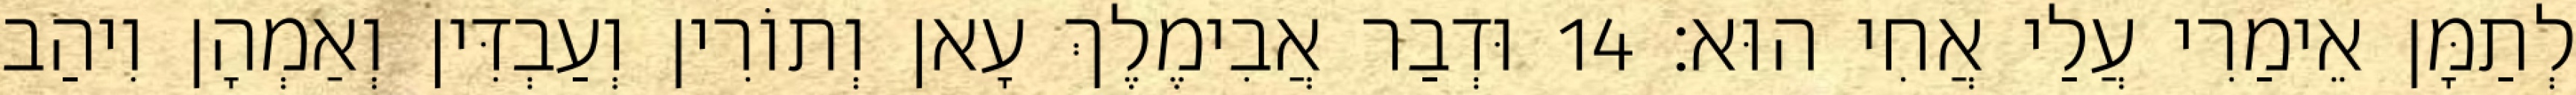
לְתַמָּן אֵימַרִי עֲלַי אֲחִי הוּא׃ 14 וּדְבַר אֲבִימֶלֶךְ עָאן וְתוֹרִין וְעַבְדִּין וְאַמְהָן וִיהַב